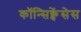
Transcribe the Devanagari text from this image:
कॉन्सिक्वेंसेस